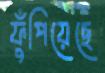
ফুঁপিয়েছে